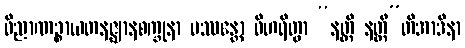
ဝိညာဏဉ္စာယတနဇ္ဈာနစက္ခုနာ ပဿန္တော ဝိဟရိတွာ “နတ္ထိ နတ္ထီ”တိအာဒိနာ